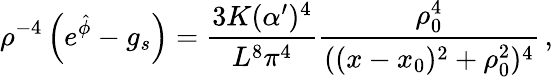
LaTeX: \rho^{-4}\left(e^{\hat{\phi}}-g_{s}\right)={\frac{3K(\alpha^{\prime})^{4}}{L^{8}\pi^{4}}}{\frac{\rho_{0}^{4}}{((x-x_{0})^{2}+\rho_{0}^{2})^{4}}}\, ,